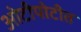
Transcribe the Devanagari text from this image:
ओटीपोटीत